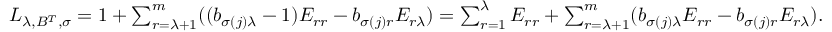
\begin{array} { r } { L _ { \lambda , B ^ { T } , \sigma } = \boldsymbol { 1 } + \sum _ { r = \lambda + 1 } ^ { m } ( ( b _ { \sigma ( j ) \lambda } - 1 ) E _ { r r } - b _ { \sigma ( j ) r } E _ { r \lambda } ) = \sum _ { r = 1 } ^ { \lambda } E _ { r r } + \sum _ { r = \lambda + 1 } ^ { m } ( b _ { \sigma ( j ) \lambda } E _ { r r } - b _ { \sigma ( j ) r } E _ { r \lambda } ) . } \end{array}